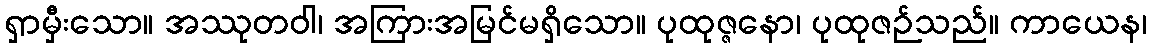
ရှာမှီးသော။ အဿုတဝါ၊ အကြားအမြင်မရှိသော။ ပုထုဇ္ဇနော၊ ပုထုဇဉ်သည်။ ကာယေန၊